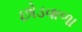
છોડવાળા